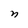
Character: n